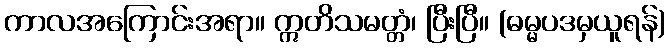
ကာလအကြောင်းအရာ။ ဣတိသမတ္တံ၊ ပြီးပြီ။ (ဓမ္မပဒမှယူရန်)